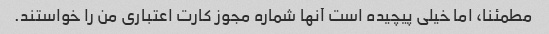
مطمئنا، اما خیلی پیچیده است آنها شماره مجوز کارت اعتباری من را خواستند.